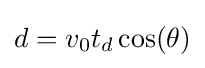
d=v_{0}t_{d}\cos(\theta )